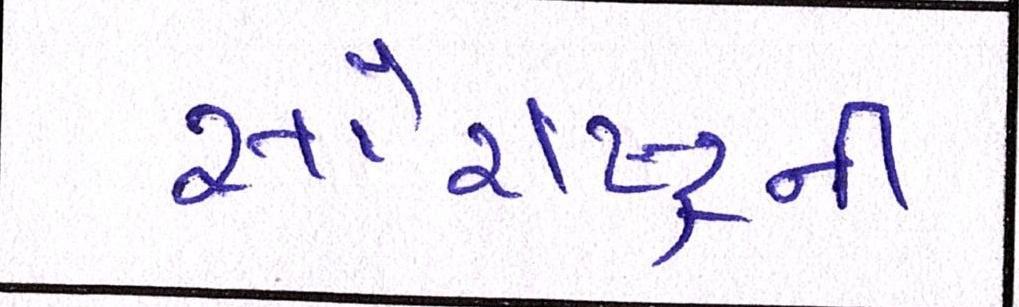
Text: સૌરાષ્ટ્ર્રની